Annual report of the Bengal Veterinary College and of the Civil Veterinary Department, Bengal, for the year 1918-19 - 1918-1919
Year: 1918
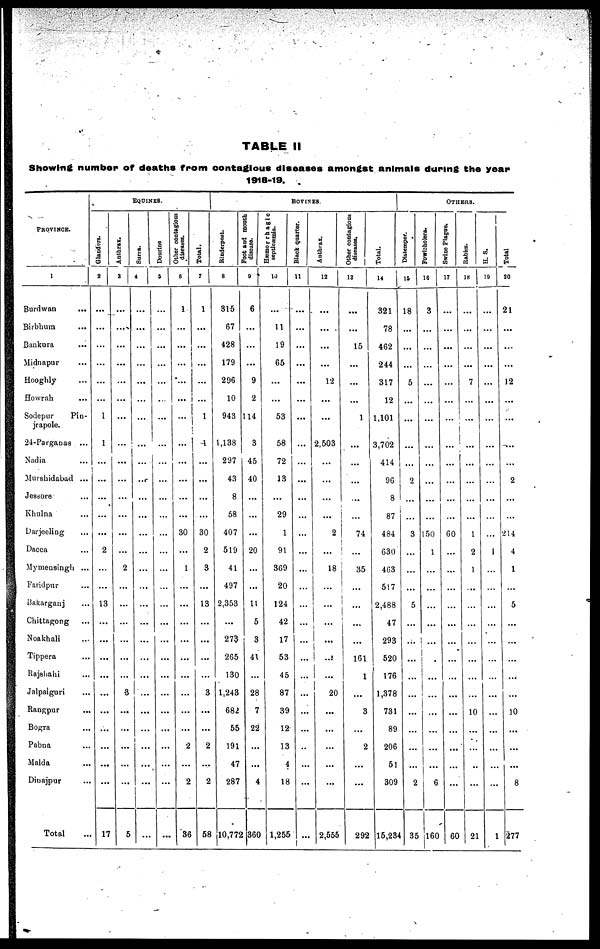
TABLE II
Showing number of deaths from contagious diseases amongst animals during the year
1918-19.
PROVINCE.
1
Burdwan ...
Birbhum ...
Bankura ...
Midnapur ...
Hoogbly ...
Howrah ...
Sodepur
Pin-
jrapole.
24-Parganas ...
Nadia ...
Murshidabad ...
Jessore ...
Khulna ...
Darjeeling ...
Dacca ...
Mymensingh ...
Faridpur ...
Bakarganj ...
Chittagong ...
Noakhali ...
Tippera ...
Rajshahi ...
Jalpaiguri ...
Rangpur
...
Bogra ...
Pabna ...
Malda ...
Dinajpur ...
Total ...
EQUINES.
Glanders.
2
...
...
...
...
...
...
1
1
...
...
...
...
...
2
...
...
13
...
...
...
...
...
...
...
...
...
...
17
Anthrax.
3
...
...
...
...
...
...
...
...
...
...
...
...
...
...
2
...
...
...
...
...
...
3
...
...
...
...
...
5
Surra.
4
...
...
...
...
...
...
...
...
...
...
...
...
...
...
...
...
...
...
...
...
...
...
...
...
...
...
...
...
Dourine
5
...
...
...
...
...
...
...
...
...
...
...
...
...
...
...
...
...
...
...
...
...
...
...
...
...
...
...
...
Other contagious
diseases.
6
1
...
...
...
...
...
...
...
...
...
...
...
30
...
1
...
...
...
...
...
...
...
...
...
2
...
2
36
Total.
7
1
...
...
...
...
...
1
1
...
...
...
...
30
2
3
...
13
...
...
...
...
3
...
...
2
...
2
58
BOVINES.
Rinderpest.
8
315
67
428
179
296
10
943
1,133
297
43
8
58
407
519
41
497
2,353
...
273
265
130
1,243
682
55
191
47
287
10,772
Foot and mouth
disease.
9
6
...
...
...
9
2
114
3
45
40
...
...
...
20
...
...
11
5
3
41
...
28
7
22
...
...
4
360
Hæmorrhagic
septicæmia.
10
...
11
19
65
...
...
53
58
72
13
...
29
1
91
369
20
124
42
17
53
45
87
39
12
13
4
18
1,255
Black quarter.
11
...
...
...
...
...
...
...
...
...
...
...
...
...
...
...
...
...
...
...
...
...
...
...
...
..
...
...
...
Anthrax.
12
...
...
...
...
12
...
...
2,503
...
...
...
...
2
...
18
...
...
...
...
...
...
20
...
...
...
...
...
2,555
Other contagious
disease.
13
...
...
15
...
...
...
1
...
...
...
...
...
74
...
35
...
...
...
...
161
1
...
3
...
2
...
...
292
Total.
14
321
78
462
244
317
12
1,101
3,702
414
96
8
87
484
630
403
517
2,488
47
293
520
176
1,378
731
89
206
51
309
15,234
OTHERS.
Distemper.
15
18
...
...
...
5
...
...
...
...
2
...
...
3
...
...
...
5
...
...
...
...
...
...
...
...
...
2
35
Fowlsholera.
16
3
...
...
...
...
...
...
...
...
...
...
...
150
1
...
...
...
...
...
...
...
...
...
...
...
...
6
160
Swine Plague.
17
...
...
...
...
...
...
...
...
...
...
...
...
60
...
...
...
...
...
...
...
...
...
...
...
...
...
...
60
Rabies.
18
...
...
...
...
7
...
...
...
...
...
...
...
1
2
1
...
...
...
...
...
...
...
10
...
...
..
...
21
H. S.
19
...
...
...
...
...
...
...
...
...
...
...
...
...
1
...
...
...
...
...
...
...
...
...
...
...
...
...
1
Total
20
21
...
...
...
12
...
...
...
...
2
...
...
214
4
1
...
5
...
...
...
...
...
10
...
...
...
8
277